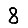
Digit: 8